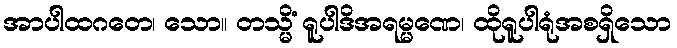
အာပါထဂတေ၊ သော။ တသ္မိံ ရူပါဒိအရမ္မဏေ၊ ထိုရူပါရုံအစရှိသော